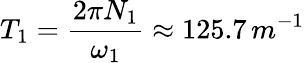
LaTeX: T_{1}=\frac{2\pi N_{1}}{\omega_{1}}\approx 125.7\, m^{-1}